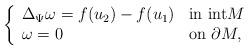
LaTeX: \begin{align*}\left\{\begin{array}{ll}\Delta_\Psi \omega =f(u_2)-f(u_1) & \textnormal{in int}M\\\omega=0 & \textnormal{on}\ \partial M,\end{array}\right.\end{align*}